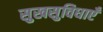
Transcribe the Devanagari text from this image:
सुखसुविधाएँ